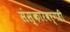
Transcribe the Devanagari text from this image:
संस्कारवर्गही